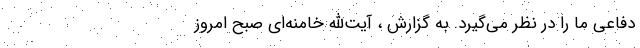
دفاعی ما را در نظر می‌گیرد. به گزارش ، آیت‌الله خامنه‌ای صبح امروز